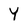
Character: Y